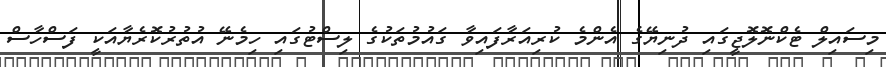
މިސައިލް ޓެކްނޮލޮޖީގައި ދުނިޔޭގެ އެންމެ ކުރިއަރާފައިވާ ގައުމުތަކުގެ ލިސްޓުގައި ހިމެނޭ އުތުރުކޮރެޔާއަކީ ފަސްހާސް